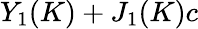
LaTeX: Y_{1}(K)+J_{1}(K)c